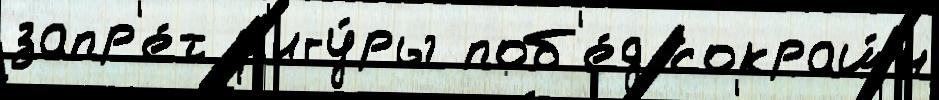
запр'е́т ф'игу́ры поб'е́д сокращ́н